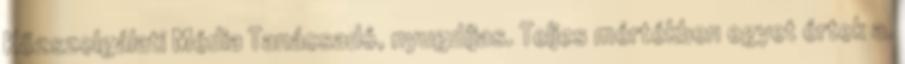
Közszolgálati Média Tanácsadó, nyugdíjas. Teljes mértékben egyet értek a.